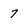
Character: 7